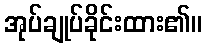
အုပ်ချုပ်ခိုင်းထား၏။